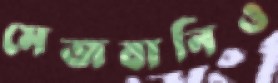
মেজবানিও